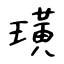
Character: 璜